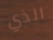
الذي